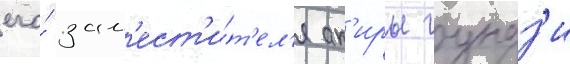
его́ зам'ест'и́т'ел'я ак'иры гундз'и